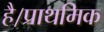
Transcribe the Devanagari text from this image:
है।प्राथमिक